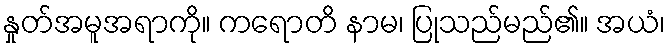
နှုတ်အမူအရာကို။ ကရောတိ နာမ၊ ပြုသည်မည်၏။ အယံ၊